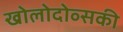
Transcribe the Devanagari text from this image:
खोलोदोव्सकी